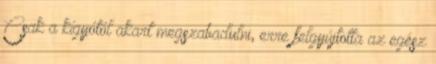
Csak a kígyótól akart megszabadulni, erre felgyújtotta az egész